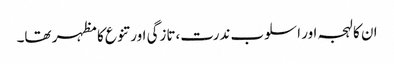
ان کا لہجہ اور اسلوب ندرت،تازگی اور تنوع کا مظہر تھا۔